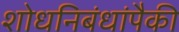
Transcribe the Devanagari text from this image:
शोधनिबंधांपैकी